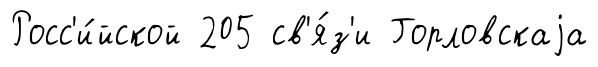
Росс'и́йской 205 св'я́з'и Горловскаjа